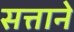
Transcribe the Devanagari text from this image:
सत्ताने